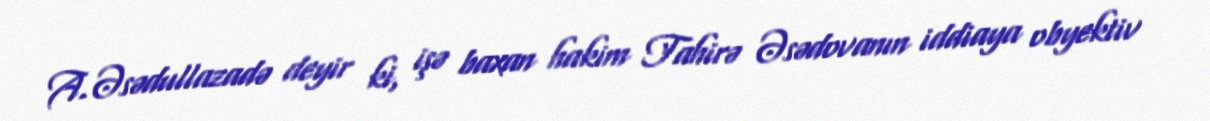
A.Əsədullazadə deyir ki, işə baxan hakim Tahirə Əsədovanın iddiaya obyektiv